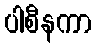
ပါစီနကာ